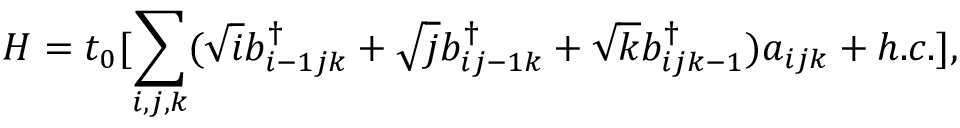
H = t _ { 0 } [ \sum _ { i , j , k } ( \sqrt { i } b _ { i - 1 j k } ^ { \dagger } + \sqrt { j } b _ { i j - 1 k } ^ { \dagger } + \sqrt { k } b _ { i j k - 1 } ^ { \dagger } ) a _ { i j k } + h . c . ] ,